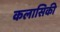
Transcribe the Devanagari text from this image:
कलासिकी